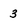
Character: 3